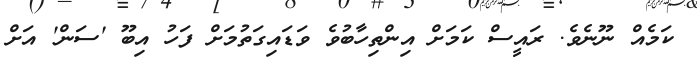
ކަމެއް ނޫނެވެ. ރައީސް ކަމަށް އިންތިހާބުވެ ވަޑައިގަތުމަށް ފަހު އިބޫ 'ސަން' އަށް